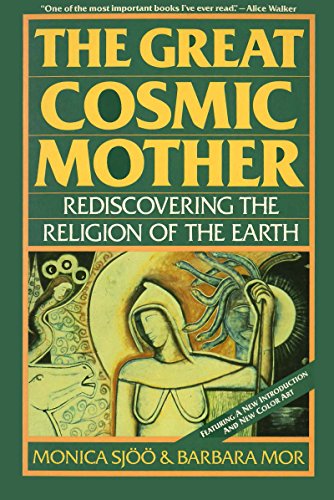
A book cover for The Great Cosmic Mother: Rediscovering the Religion of the Earth; Monica Sjoo; Religion & Spirituality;